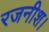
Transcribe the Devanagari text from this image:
रजनीश।